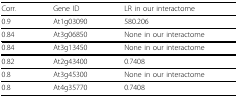
<table><thead><tr><td><b>Corr.</b></td><td><b>Gene ID</b></td><td><b>LR in our interactome</b></td></tr></thead><tbody><tr><td>0.9</td><td>At1g03090</td><td>580.206</td></tr><tr><td>0.84</td><td>At3g06850</td><td>None in our interactome</td></tr><tr><td>0.84</td><td>At3g13450</td><td>None in our interactome</td></tr><tr><td>0.82</td><td>At2g43400</td><td>0.7408</td></tr><tr><td>0.8</td><td>At3g45300</td><td>None in our interactome</td></tr><tr><td>0.8</td><td>At4g35770</td><td>0.7408</td></tr></tbody></table>